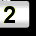
Digit: 2